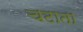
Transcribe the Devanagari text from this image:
चटाता